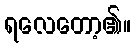
ရလေတော့၏။